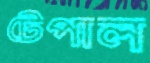
টেপাল